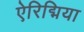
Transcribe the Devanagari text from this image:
ऐरिद्मिया